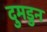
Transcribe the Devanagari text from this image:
दुमडुन